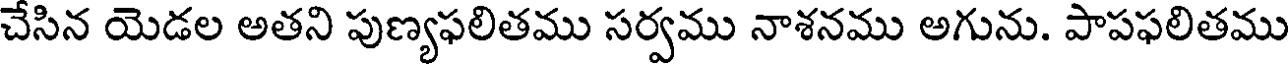
చేసిన యెడల అతని పుణ్యఫలితము సర్వము నాశనము అగును. పాపఫలితము